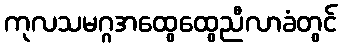
ကုလသမဂ္ဂအထွေထွေညီလာခံတွင်